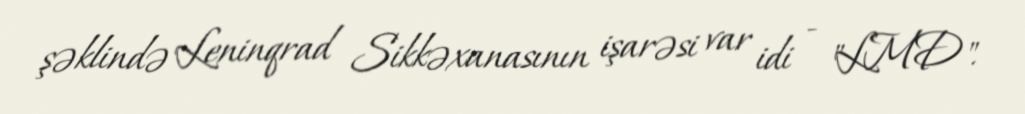
şəklində Leninqrad Sikkəxanasının işarəsi var idi - "LMD".